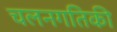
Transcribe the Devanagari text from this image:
चलनगतिकी